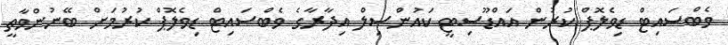
ވެބްސައިޓް ޑިވެލޮޕް ކުރުން އައްޑޫސިޓީ ކައުންސިލް އިދާރާގެ ވެބްސައިޓް ޑިވެލޮޕް ކުރުމަށް ބޭނުންވާތީ